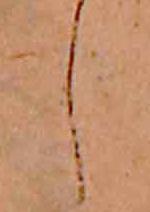
し